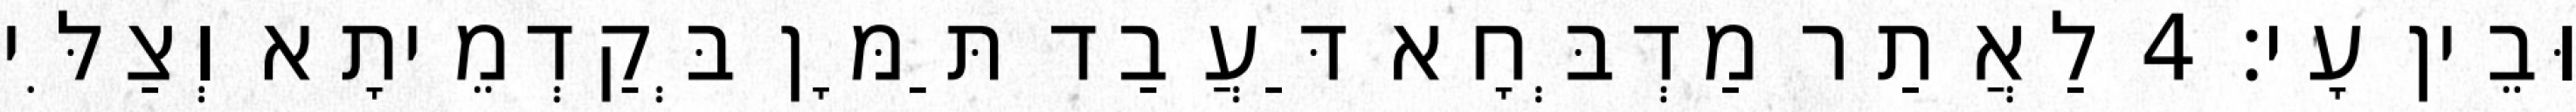
וּבֵין עָי׃ 4 לַאֲתַר מַדְבְּחָא דַּעֲבַד תַּמָּן בְּקַדְמֵיתָא וְצַלִּי